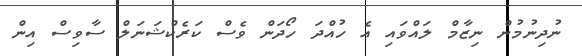
ނުދިނުމުން ނިޒާމް ލައްވައި އެ ހުއްދަ ހޯދަން ވެސް ކަރެކްޝަނަލް ސާވިސް އިން